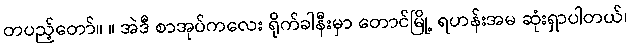
တပည့်တော်။ ။ အဲဒီ စာအုပ်ကလေး ရိုက်ခါနီးမှာ တောင်မြို့ ရဟန်းအမ ဆုံးရှာပါတယ်၊